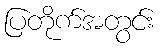
ပြတိုက်အတွင်း